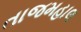
તાજમહાલ